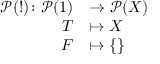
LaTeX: \begin{array} { r l } { { \mathcal { P } } ( ! ) \colon { \mathcal { P } } ( 1 ) } & { \to { \mathcal { P } } ( X ) } \\ { T } & { \mapsto X } \\ { F } & { \mapsto \{ \} } \end{array}